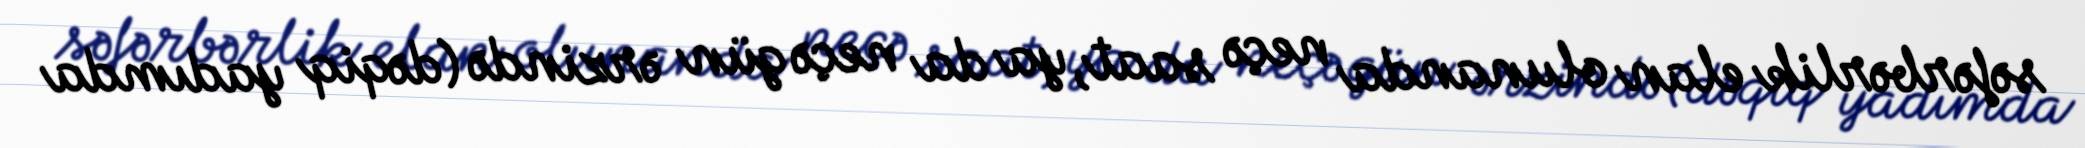
səfərbərlik elan olunanda neçə saat, ya da neçə gün ərzində (dəqiq yadımda